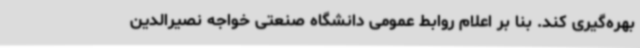
بهره‌گیری کند. بنا بر اعلام روابط عمومی دانشگاه صنعتی خواجه نصیرالدین